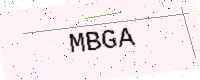
Text: MBGA